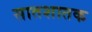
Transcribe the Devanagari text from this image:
सातशातक